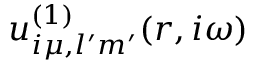
u _ { i \mu , l ^ { \prime } m ^ { \prime } } ^ { ( 1 ) } ( r , i \omega )